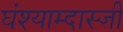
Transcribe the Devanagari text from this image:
घंश्याम्दास्जी